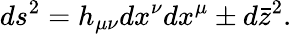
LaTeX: ds^{2}=h_{\mu\nu}dx^{\nu}dx^{\mu}\pm d\bar{z}^{2}.